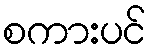
စကားပင်